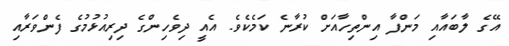
އޭގެ ލާބައާއި މަންފާ އިންތިހާއަށް ކުރާނެ ކަމެކެވެ. އެއީ ދިވެހިންގެ ދިރިއުޅުމުގެ ފެންވަރާއި